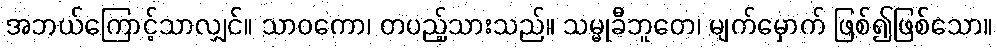
အဘယ်ကြောင့်သာလျှင်။ သာဝကော၊ တပည့်သားသည်။ သမ္မုခီဘူတေ၊ မျက်မှောက် ဖြစ်၍ဖြစ်သော။